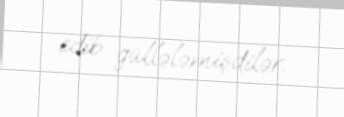
edib güllələmişdilər.